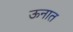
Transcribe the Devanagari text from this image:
ऊनात